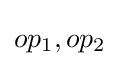
op_{1},op_{2}